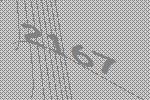
2167